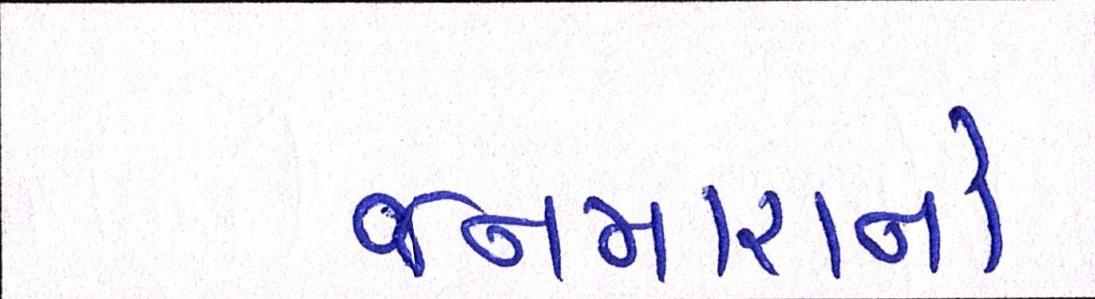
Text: જનમારાનો